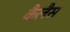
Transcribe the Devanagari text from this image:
कैलैस